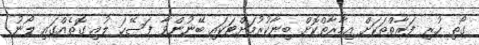
ގޯތި ހުރި ފަރާތްތަކަށް އިމާރާތްކޮށް ބިނާކުރުމަށްޓަކައި ބޭނުންވާ ފަސޭހަ ލުއި ގޮތެއްގައި ލޯނު